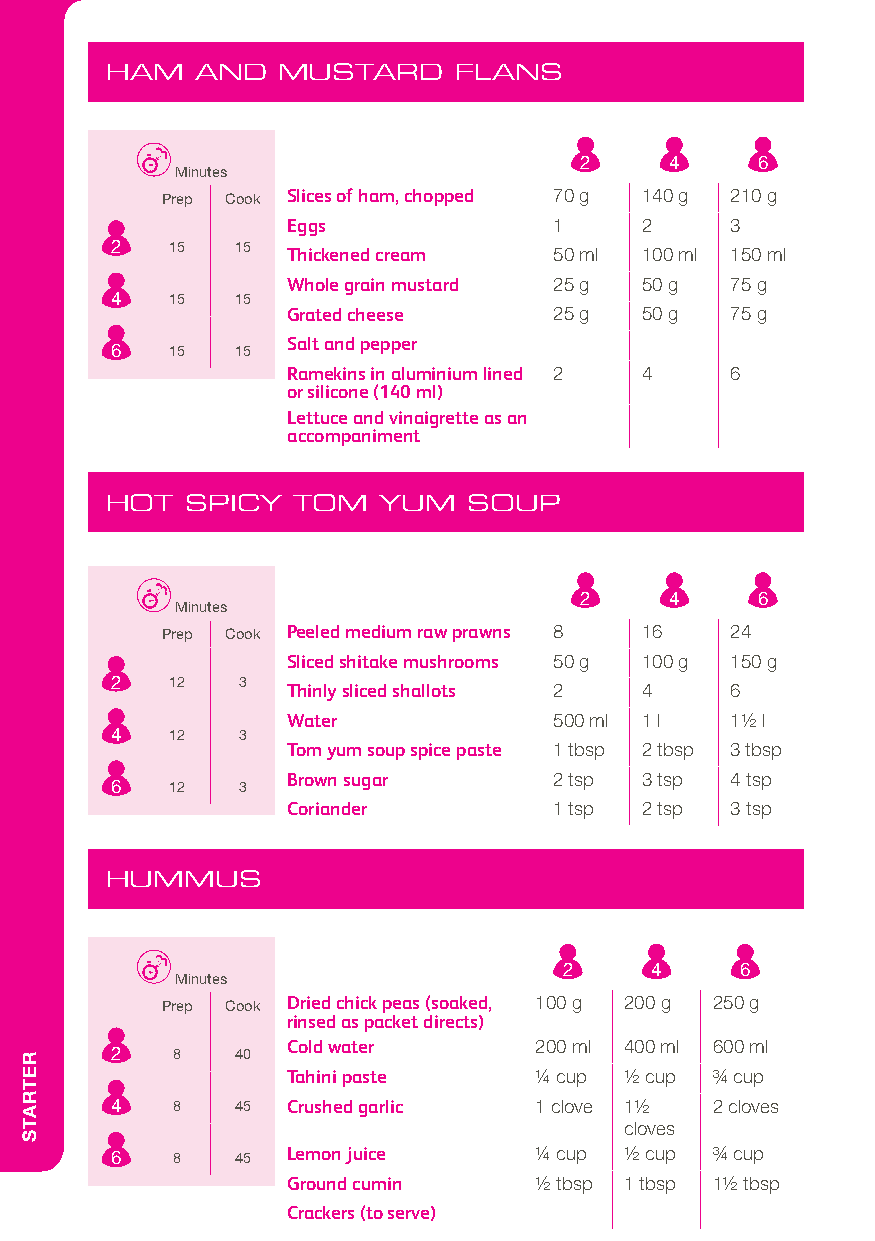
HAM   AND  MUSTARD     FLANS
 2     4     6
 Minutes
 Prep Cook Slices of ham, chopped 70 g 140 g 210 g
 Eggs              1    2     3
 2   15   15
 Thickened cream   50 ml 100 ml 150 ml
 Whole grain mustard 25 g 50 g 75 g
 4   15   15
 Grated cheese     25 g 50 g  75 g
 Salt and pepper
 6   15   15
 Ramekins in aluminium lined 2 4 6
 or silicone (140 ml)
 Lettuce and vinaigrette as an
 accompaniment
 HOT  SPICY  TOM   YUM   SOUP
 2     4     6
 Minutes
 Prep Cook Peeled medium raw prawns 8 16 24
 Sliced shitake mushrooms 50 g 100 g 150 g
 2   12   3
 Thinly sliced shallots 2 4   6
 Water             500 ml 1 l 11/2 l
 4   12   3
 Tom yum soup spice paste 1 tbsp 2 tbsp 3 tbsp
 Brown sugar       2 tsp 3 tsp 4 tsp
 6   12   3
 Coriander         1 tsp 2 tsp 3 tsp
 HUMMUS
 2     4     6
 Minutes
 Prep Cook Dried chick peas (soaked, 100 g 200 g 250 g
 rinsed as packet directs)
 Cold water      200 ml 400 ml 600 ml
 2   8    40
 Tahini paste    1/4 cup 1/2 cup 3/4 cup
 4   8    45 Crushed garlic  1 clove 11/2 2 cloves
 cloves
 6   8    45 Lemon juice     1/4 cup 1/2 cup 3/4 cup
 Ground cumin    1/2 tbsp 1 tbsp 11/2 tbsp
 Crackers (to serve)
 RETRATS